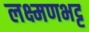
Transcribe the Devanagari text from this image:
लक्ष्मणभट्ट